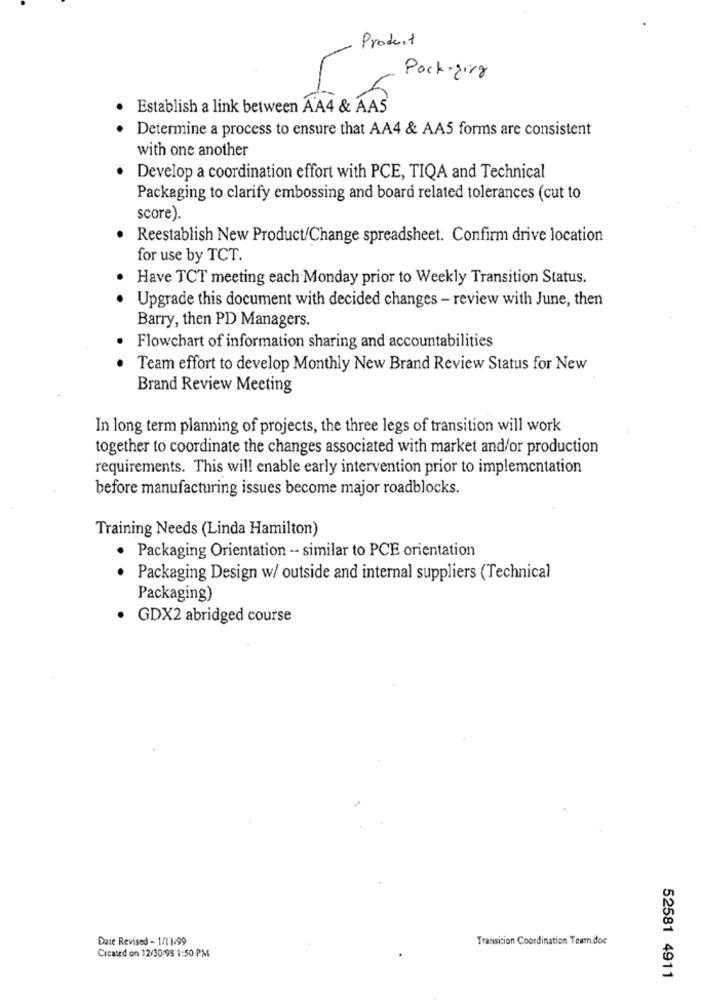
Product
Pack ging
Establish a link between AA4 & AA5
Determine a process to ensure that AA4 & AA5 forms are consistent
with one another
Develop a coordination effort with PCE, TIQA and Technical
Packaging to clarify embossing and board related tolerances (cut to
score).
Reestablish New Product/Change spreadsheet. Confirm drive location
for use by TCT.
Have TCT meeting each Monday prior to Weekly Transition Status.
Upgrade this document with decided changes - review with June, then
Barry, then PD Managers.
Flowchart of information sharing and accountabilities
Team effort to develop Monthly New Brand Review Status for New
Brand Review Meeting
In long term planning of projects, the three legs of transition will work
together to coordinate the changes associated with market and/or production
requirements. This will enable early intervention prior to implementation
before manufacturing issues become major roadblocks.
Training Needs (Linda Hamilton)
· Packaging Orientation -- similar to PCE orientation
· Packaging Design w/ outside and internal suppliers (Technical
Packaging)
GDX2 abridged course
Date Revised - 1/11/99
Transition Coordination Team.doc
Created on 12/30/98 1:50 PM
52581 4911